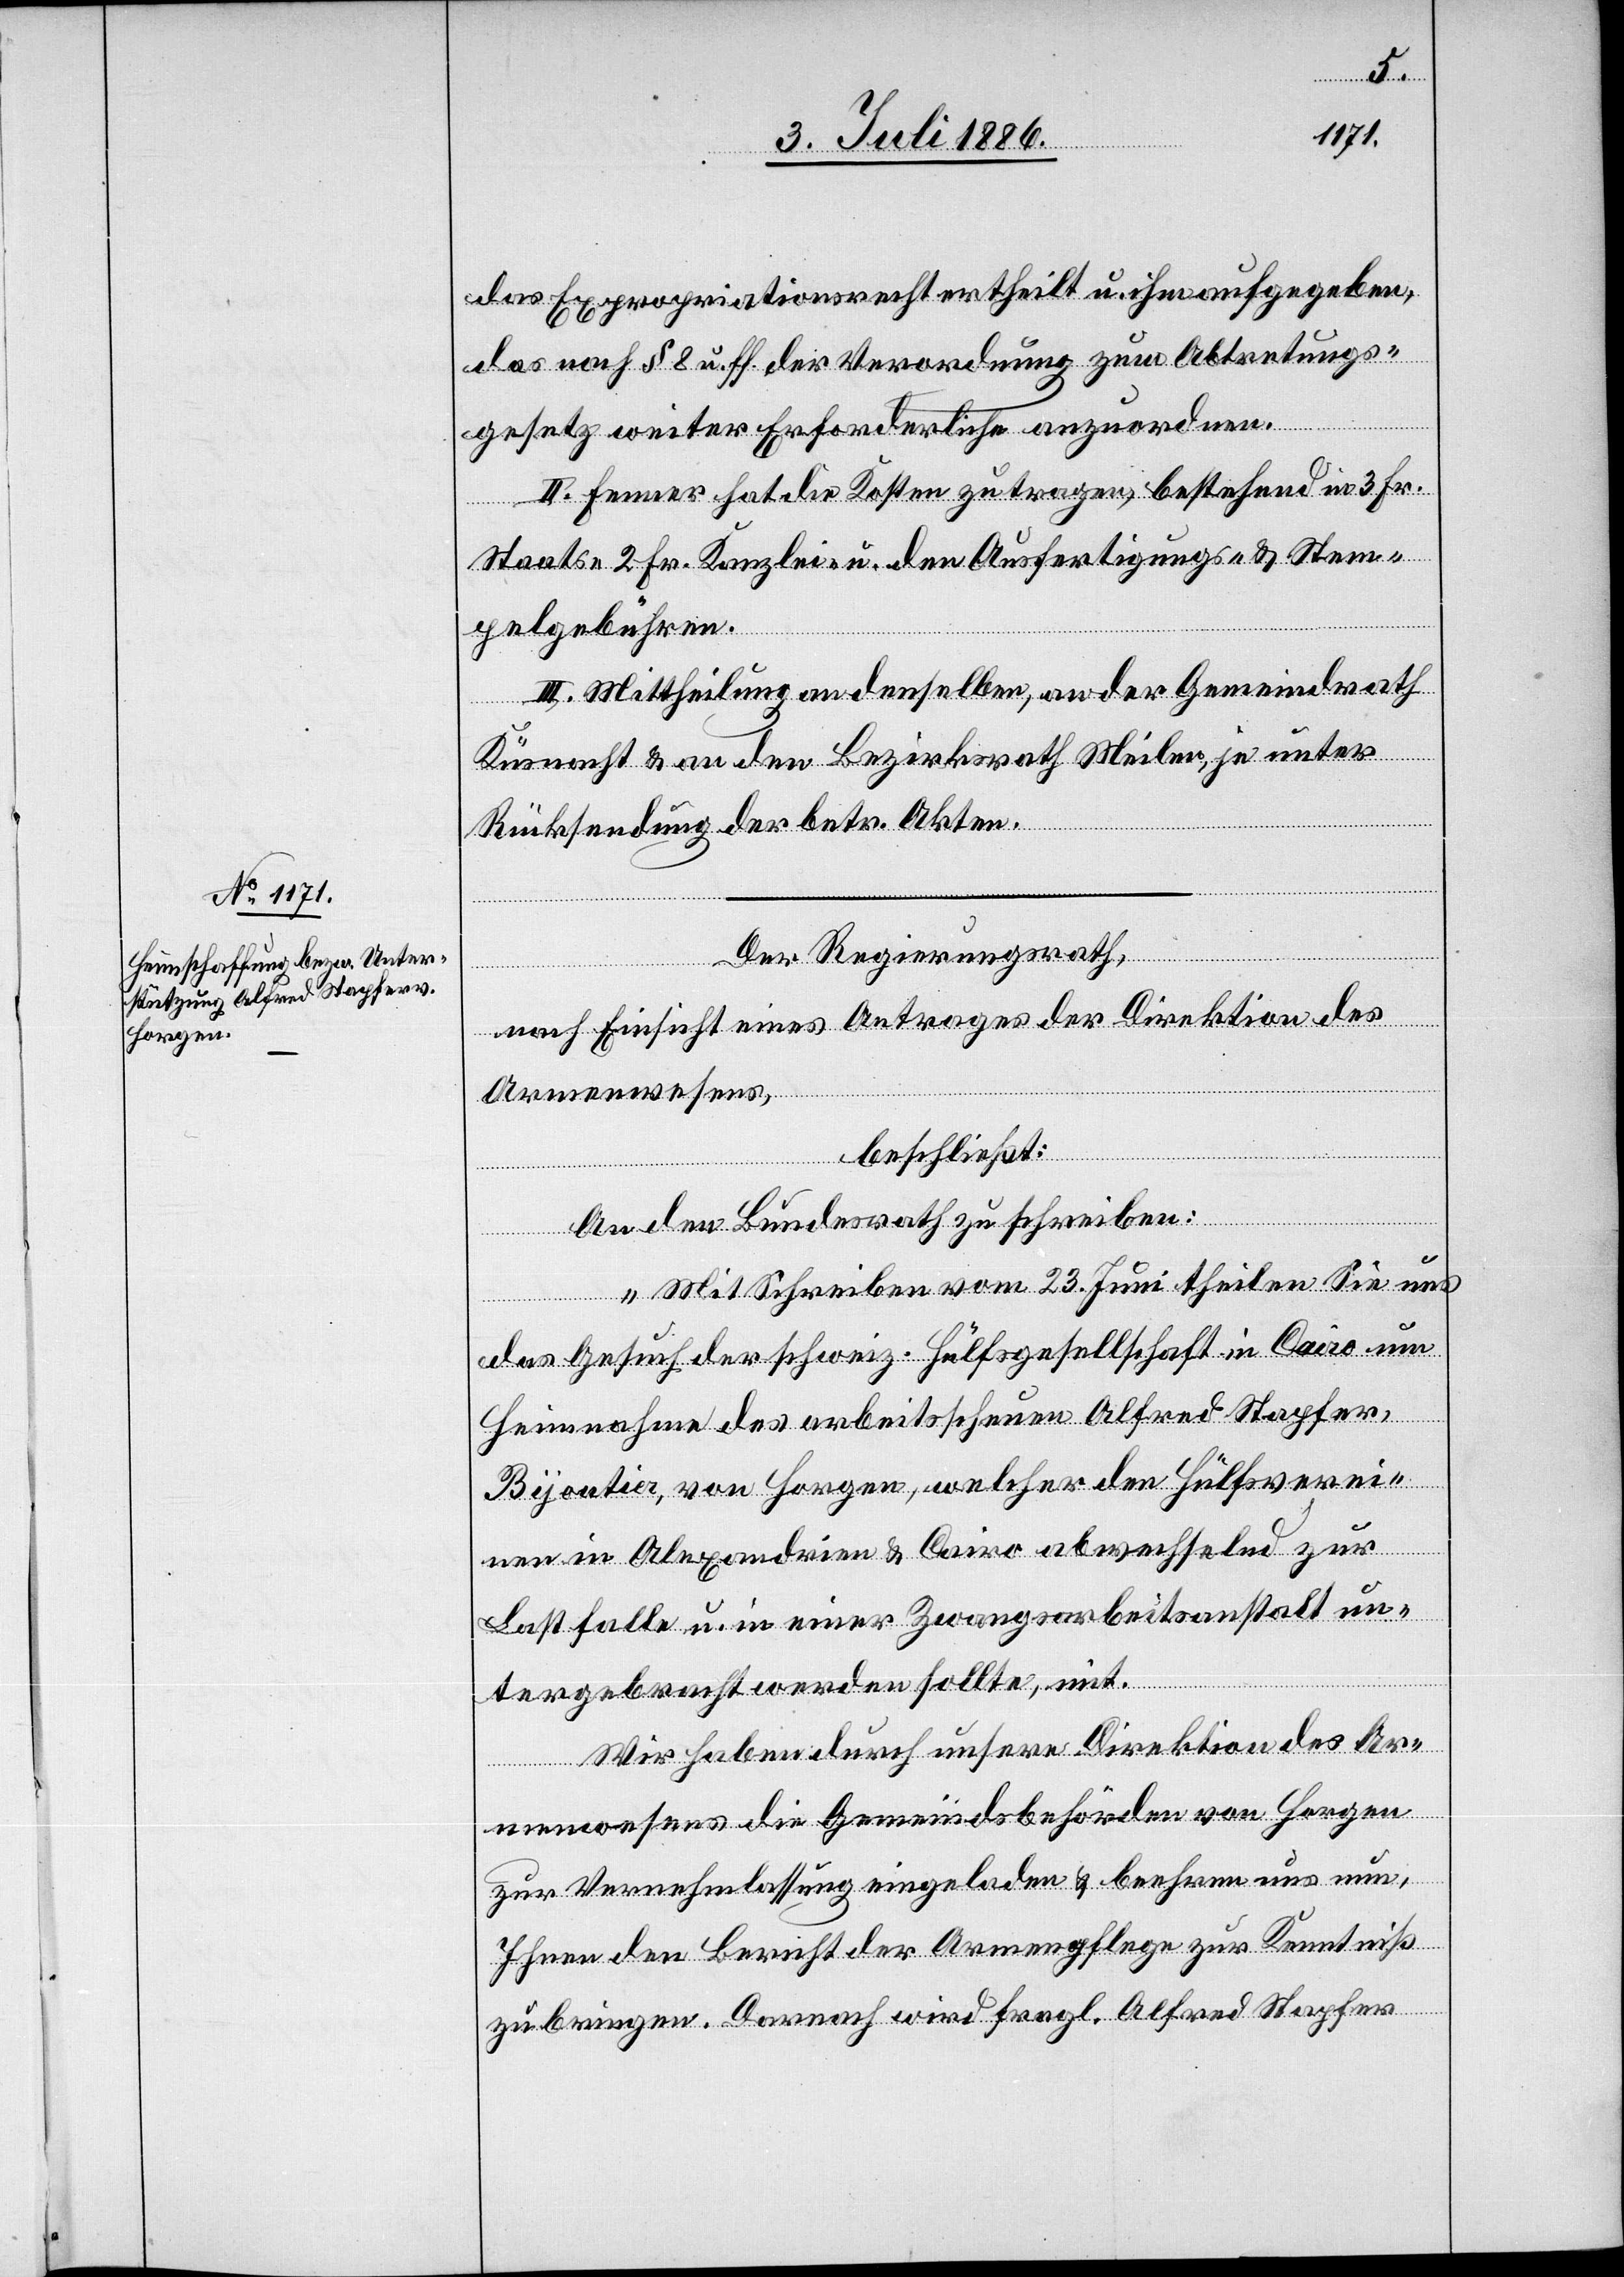
das Expropriationsrecht ertheilt u. ihm aufgegeben,
das nach § 8 u. ff. der Verordnung zum Abtretungs¬
gesetz weiter Erforderliche anzuordnen.
II. Fenner hat die Kosten zu tragen, bestehend in 3 Fr.
Staats-, 2 Fr. Kanzlei- u. den Ausfertigungs- & Stem¬
pelgebühren.
III. Mittheilung an denselben, an den Gemeindrath
Küsnacht & an den Bezirksrath Meilen, je unter
Rücksendung der betr. Akten.
Der Regierungsrath,
nach Einsicht eines Antrages der Direktion des
Armenwesens,
beschließt:
An den Bundesrath zu schreiben:
„Mit Schreiben vom 23. Juni theilen Sie uns
das Gesuch der schweiz. Hülfsgesellschaft in Cairo um
Heimnahme des arbeitsscheuen Alfred Stapfer,
Bijoutier, von Horgen, welcher den Hülfsverei¬
nen in Alexandrien & Cairo abwechselnd zur
Last falle u. in einer Zwangsarbeitsanstalt un¬
tergebracht werden sollte, mit.
Wir haben durch unsere Direktion des Ar¬
menwesens die Gemeindsbehörden von Horgen
zur Vernehmlassung eingeladen & beehren uns nun,
Ihnen den Bericht der Armenpflege zur Kenntniß
zu bringen. Darnach wird fragl. Alfred Stapfer